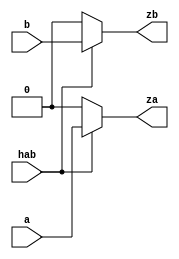
module reg_ass_estr2 (a,b,hab,za,zb);

input a,b,hab;

output reg za,zb;

always@(hab)
begin

	if (hab==0)
	begin
		za=0;
		zb=0;
	end
	
	else
	begin
		za=a;
		zb=b;
	end
end
endmodule